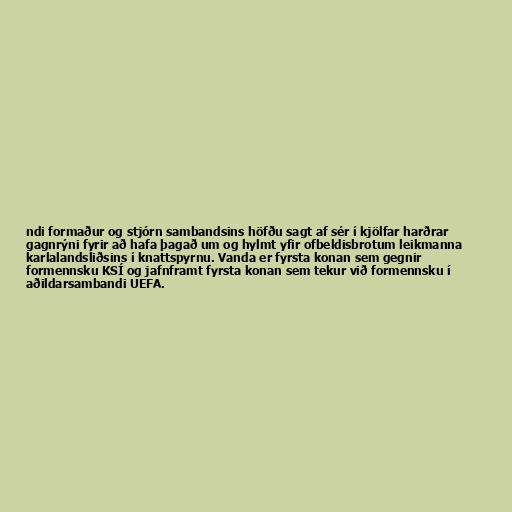
ndi formaður og stjórn sambandsins höfðu sagt af sér í kjölfar harðrar
gagnrýni fyrir að hafa þagað um og hylmt yfir ofbeldisbrotum leikmanna
karlalandsliðsins í knattspyrnu. Vanda er fyrsta konan sem gegnir
formennsku KSÍ og jafnframt fyrsta konan sem tekur við formennsku í
aðildarsambandi UEFA.